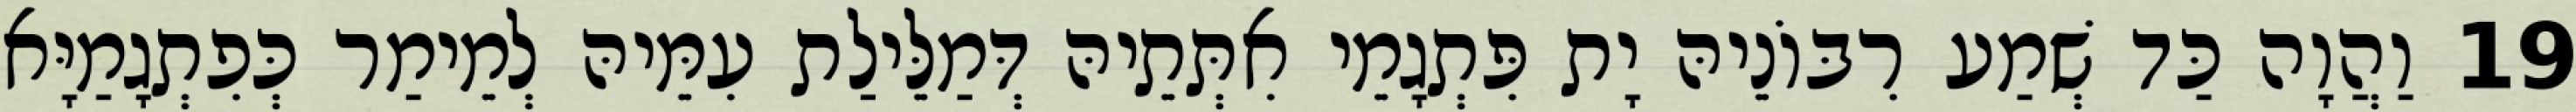
19 וַהֲוָה כַּד שְׁמַע רִבּוֹנֵיהּ יָת פִּתְגָמֵי אִתְּתֵיהּ דְּמַלֵּילַת עִמֵּיהּ לְמֵימַר כְּפִתְגָמַיָּא